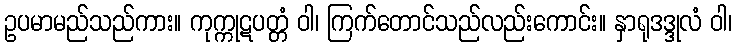
ဥပမာမည်သည်ကား။ ကုက္ကုဋပတ္တံ ဝါ၊ ကြက်တောင်သည်လည်းကောင်း။ နှာရုဒဒ္ဒုလံ ဝါ၊